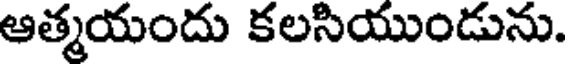
ఆత్మయందు కలసియుండును.